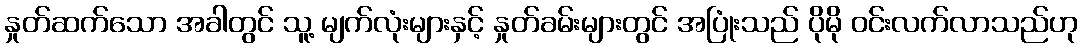
နှုတ်ဆက်သော အခါတွင် သူ့ မျက်လုံးများနှင့် နှုတ်ခမ်းများတွင် အပြုံးသည် ပိုမို ဝင်းလက်လာသည်ဟု